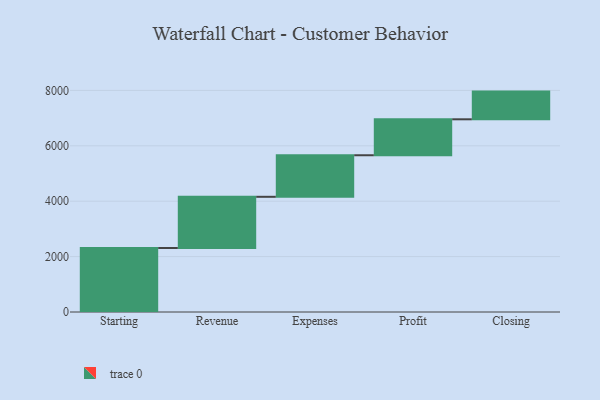
{"axis": {"x": "Step", "y": "Value"}, "legend": [""], "data": [{"x": "Starting", "y": 2311.0, "type": ""}, {"x": "Revenue", "y": 1848.0, "type": ""}, {"x": "Expenses", "y": 1500.0, "type": ""}, {"x": "Profit", "y": 1298.0, "type": ""}, {"x": "Closing", "y": 1000, "type": ""}]}